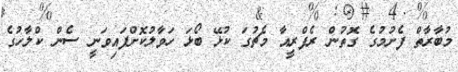
މުބާރާތް ފެށުމުގެ ގޮތުން ރެފްރީއާ މެޗުގަ ކުޅޭ ބޯޅަ ހަވާލުކޮށްފައިވަނީ ސެން ކްލާާހުގެ